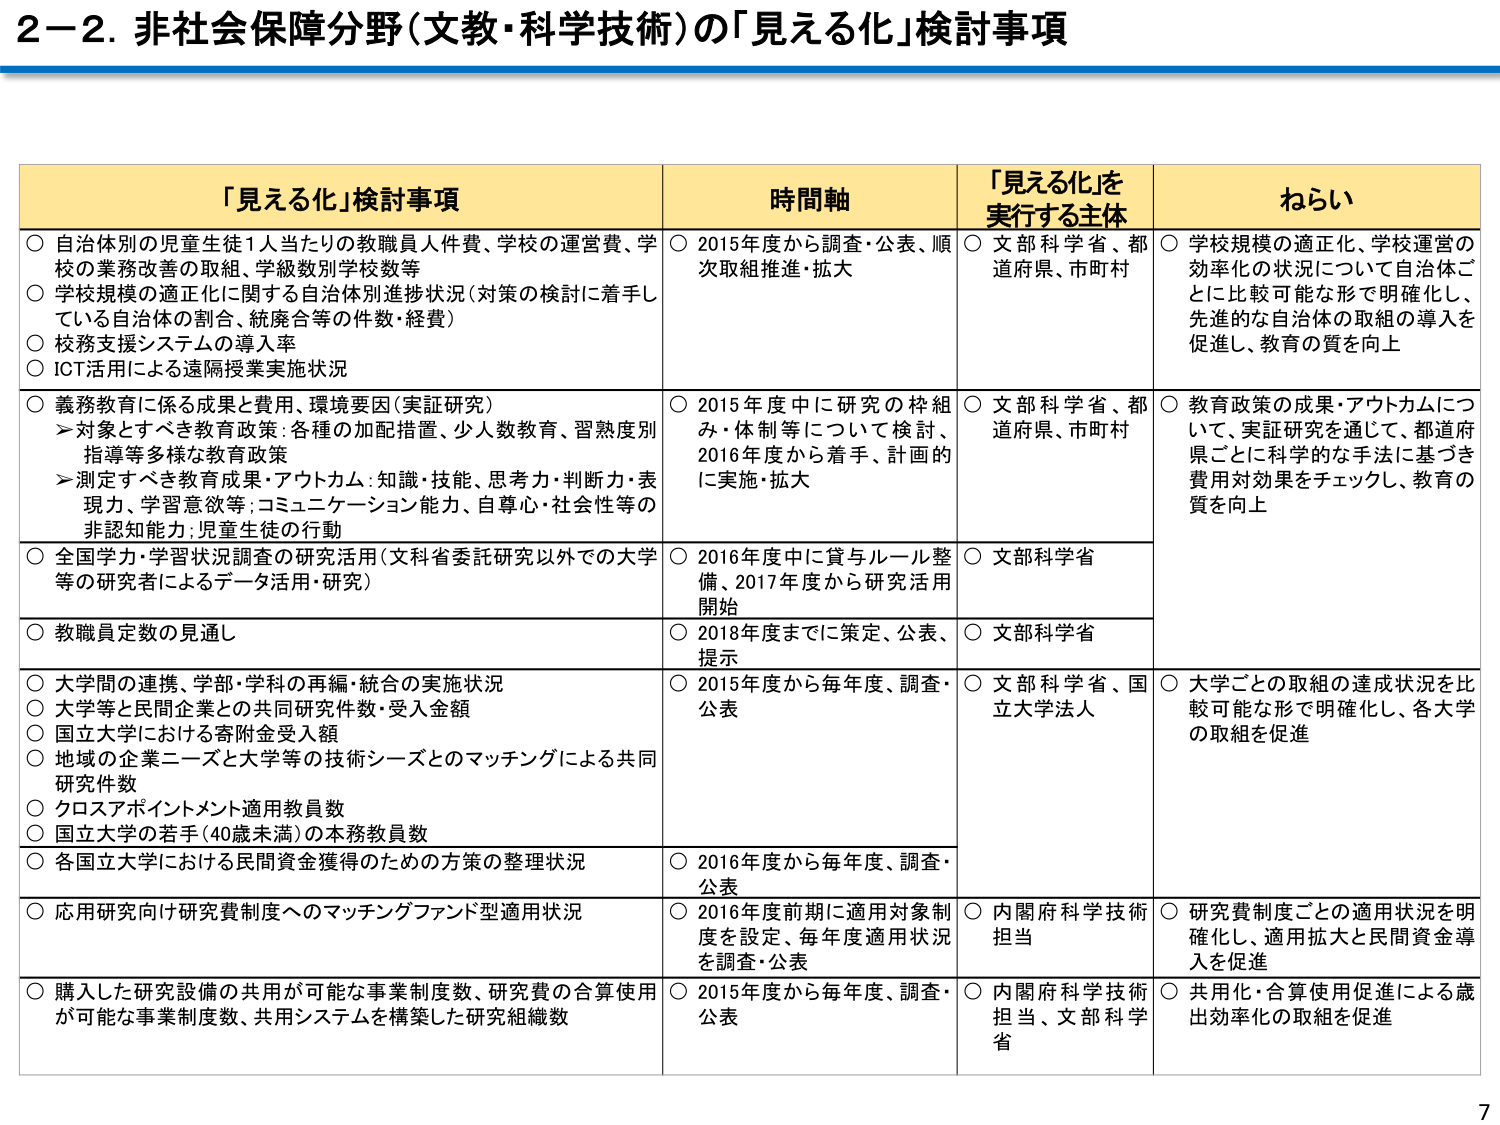
2－2. 非社会保障分野（文教・科学技術）の「見える化」検討事項

「見える化」検討事項　　　　　　　　　　　　　　　　　　　時間軸　　　　　　　　　　　　　　　　「見える化」を実行する主体　　　　　　　　　　　　　　　　ねらい

○ 自治体別の児童生徒1人当たりの教職員人件費、学校の運営費、学校の業務改善の取組、学級数別学校数等
○ 学校規模の適正化に関する自治体別進捗状況（対策の検討に着手している自治体の割合、統廃合等の件数・経費）
○ 校務支援システムの導入率
○ ICT活用による遠隔授業実施状況